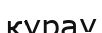
қурау